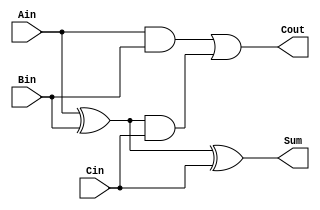
/***************************************************
Student Name: 
Student ID: 
***************************************************/

`timescale 1ns/1ps

module Full_adder(
	input		Ain, 
	input		Bin,
	input 		Cin,
	output wire Cout,
	output wire Sum
	);

	wire w1, w2, w3;

	xor x1(w1, Ain, Bin);
	xor x2(Sum, w1, Cin);
	and a1(w2, Ain, Bin);
	and a2(w3, w1, Cin);
	or o1(Cout, w2, w3);

endmodule